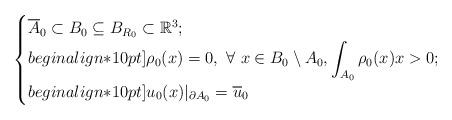
LaTeX: \begin{align*} \begin{cases}\displaystyle\overline{A}_0 \subset B_0 \subseteq B_{R_0} \subset \mathbb{R}^3; \\begin{align*}10pt]\displaystyle\rho_0(x)=0,\ \forall \ x\in B_0 \setminus A_0, \int_{A_0} \rho_0(x) x>0; \\begin{align*}10pt]\displaystyle u_0(x)|_{\partial A_0}=\overline{u}_0\end{cases}\end{align*}